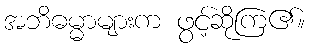
အဘိဓမ္မာများက ဖွင့်ဆိုကြ၏။